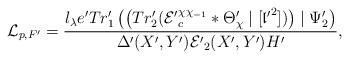
LaTeX: \begin{align*} \mathcal{L}_{p,F'}= \dfrac{l_\lambda e'Tr'_1\left(\left(Tr'_2(\mathcal{E'}_c^{\chi\chi_{-1}}*\Theta'_\chi\mid[\mathfrak{l'}^2])\right)\mid\Psi'_2\right)} {\Delta'(X',Y')\mathcal{E'}_2(X',Y')H'},\end{align*}